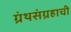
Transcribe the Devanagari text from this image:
ग्रंथसंग्रहाची